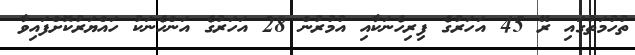
ތުހުމަތުގައި ރޭ 45 އަހަރުގެ ފިރިހެނަކާއި އުމުރުން 28 އަހަރުގެ އަންހެނަކު ހައްޔަރުކޮށްފައިވާ